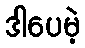
ဒါပေမဲ့